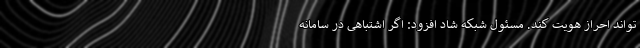
تواند احراز هویت کند. مسئول شبکه شاد افزود: اگر اشتباهی در سامانه